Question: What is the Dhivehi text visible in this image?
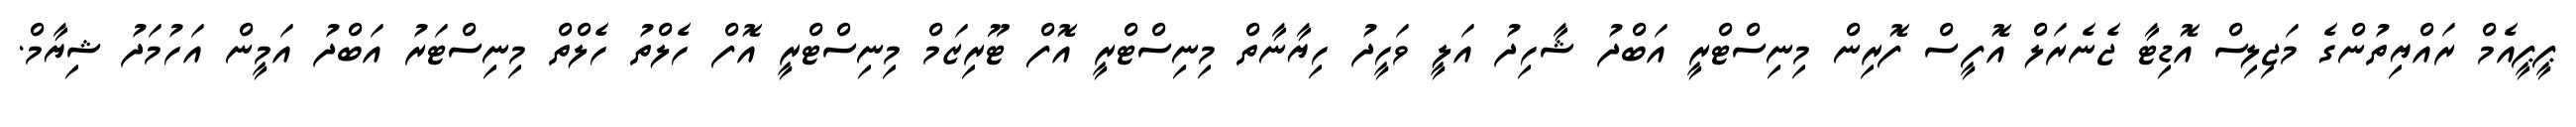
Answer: ޕީޕީއެމް ރައްޔިތުންގެ މަޖިލިސް އޮޑިޓާ ޖެނެރަލް އޮފީސް ފޮރިން މިނިސްޓްރީ އަބްދު ޝާހިދު އަލީ ވަހީދު ހިޔާނާތް މިނިސްޓްރީ އޮފް ޓޫރިޒަމް މިނިސްޓްރީ އޮފް ހެލްތު ހެލްތް މިނިސްޓަރު އަބްދު އަމީން އަހުމަދު ޝިޔާމް.